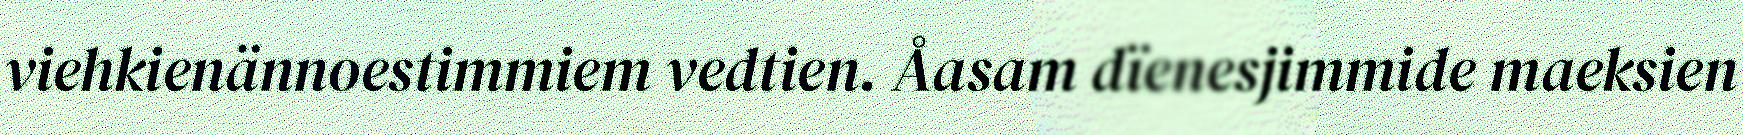
viehkienännoestimmiem vedtien. Åasam dïenesjimmide maeksien